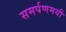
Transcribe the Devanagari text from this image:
समर्पणमयी